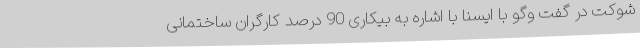
شوکت در گفت وگو با ایسنا با اشاره به بیکاری 90 درصد کارگران ساختمانی